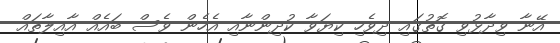
އޭނާ ވިދާޅުވި ގޮތުގައި ދިވެހި ކިޔަވާ ކުދިންނާއި އެހެން ވެސް ބައެއް އާއިލާތައް